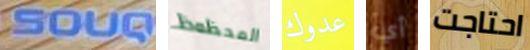
SOUQ المحظوظ عدوك أي احتاجت